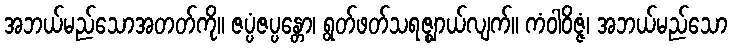
အဘယ်မည်သောအတတ်ကို။ ဇပ္ပံဇပ္ပန္တော၊ ရွတ်ဖတ်သရဇ္ဈာယ်လျက်။ ကံဝါဝိဇ္ဇံ၊ အဘယ်မည်သော